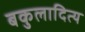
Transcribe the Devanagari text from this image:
बकुलादित्य